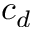
c _ { d }